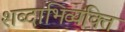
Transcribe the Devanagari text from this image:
शब्दाभिव्यक्ति